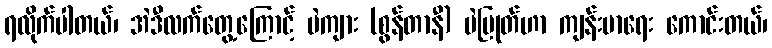
ရလိုက်ပါတယ်၊ အဲဒီလက်တွေ့ကြောင့် ပဲကျား (စွန်တာနီ) ပဲပြုတ်ဟာ ကျန်းမာရေး ကောင်းတယ်၊